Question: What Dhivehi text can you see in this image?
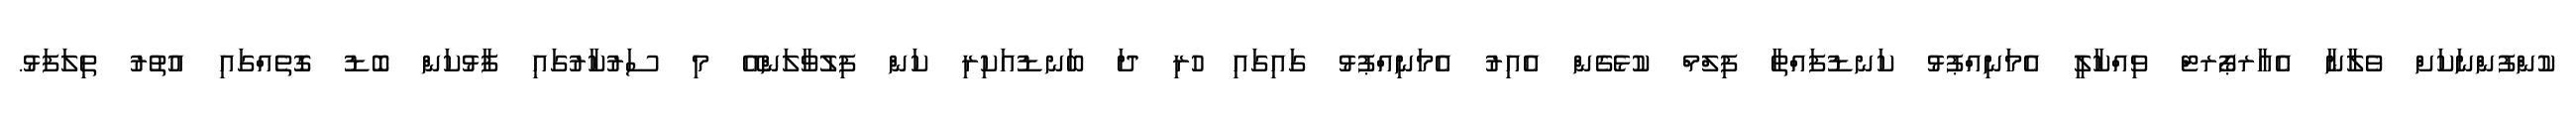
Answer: ކުންފުންނަކަށް ވެލާނާ އެއާރޕޯރޓް ވިއްކާލީ އެމަނިއްޕުޅު ކަނޑުފައްތާ ފިލްމް ކުޅެގެން އެއިރު އެމަނިއްޕުޅު ގައިގައި ހުރި ދަ ބަނޑުއަކިރި ކަން ފިލުވާލަންއޭ މި ސަރުކާރުގައި ފާޅުކަން ބޮޑު ގޮތެއްގައި އުތުރު ތިލަފަޅު.